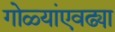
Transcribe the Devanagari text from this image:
गोळ्यांएवढ्या